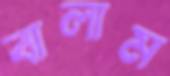
বালাম